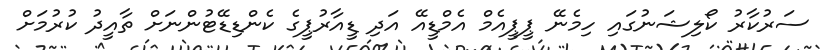
ސަރުކާރު ކޯލިޝަނުގައި ހިމެނޭ ޕީޕީއެމް އެމްޑީއޭ އަދި ޑީއާރުޕީގެ ކެންޑިޑޭޓުންނަށް ތާއީދު ކުރުމަށް